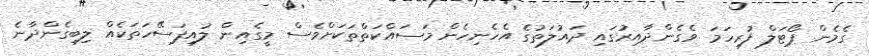
ގެމެން ޕޯޓަލް ފުރިހަމަ ވެގެންދާއިރުގައި ދައުލަތުގެ އެހެނިހެން މަސައްކަތްތަކަށްވެސް މީގެއިން ލުއިފަސޭހަތަކެއް ލިބިގެންދާނެ